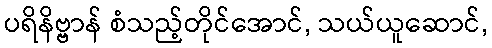
ပရိနိဗ္ဗာန် စံသည့်တိုင်အောင်, သယ်ယူဆောင်,